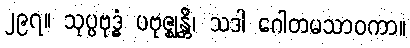
၂၉၇။ သုပ္ပဗုဒ္ဓံ ပဗုဇ္ဈန္တိ၊ သဒါ ဂေါတမသာဝကာ။